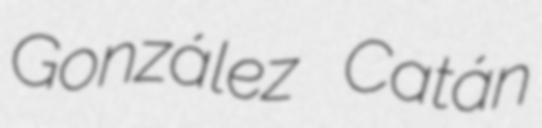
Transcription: González Catán